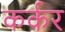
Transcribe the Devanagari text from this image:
कर्कर